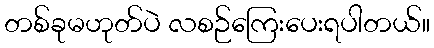
တစ်ခုမဟုတ်ပဲ လစဉ်ကြေးပေးရပါတယ်။